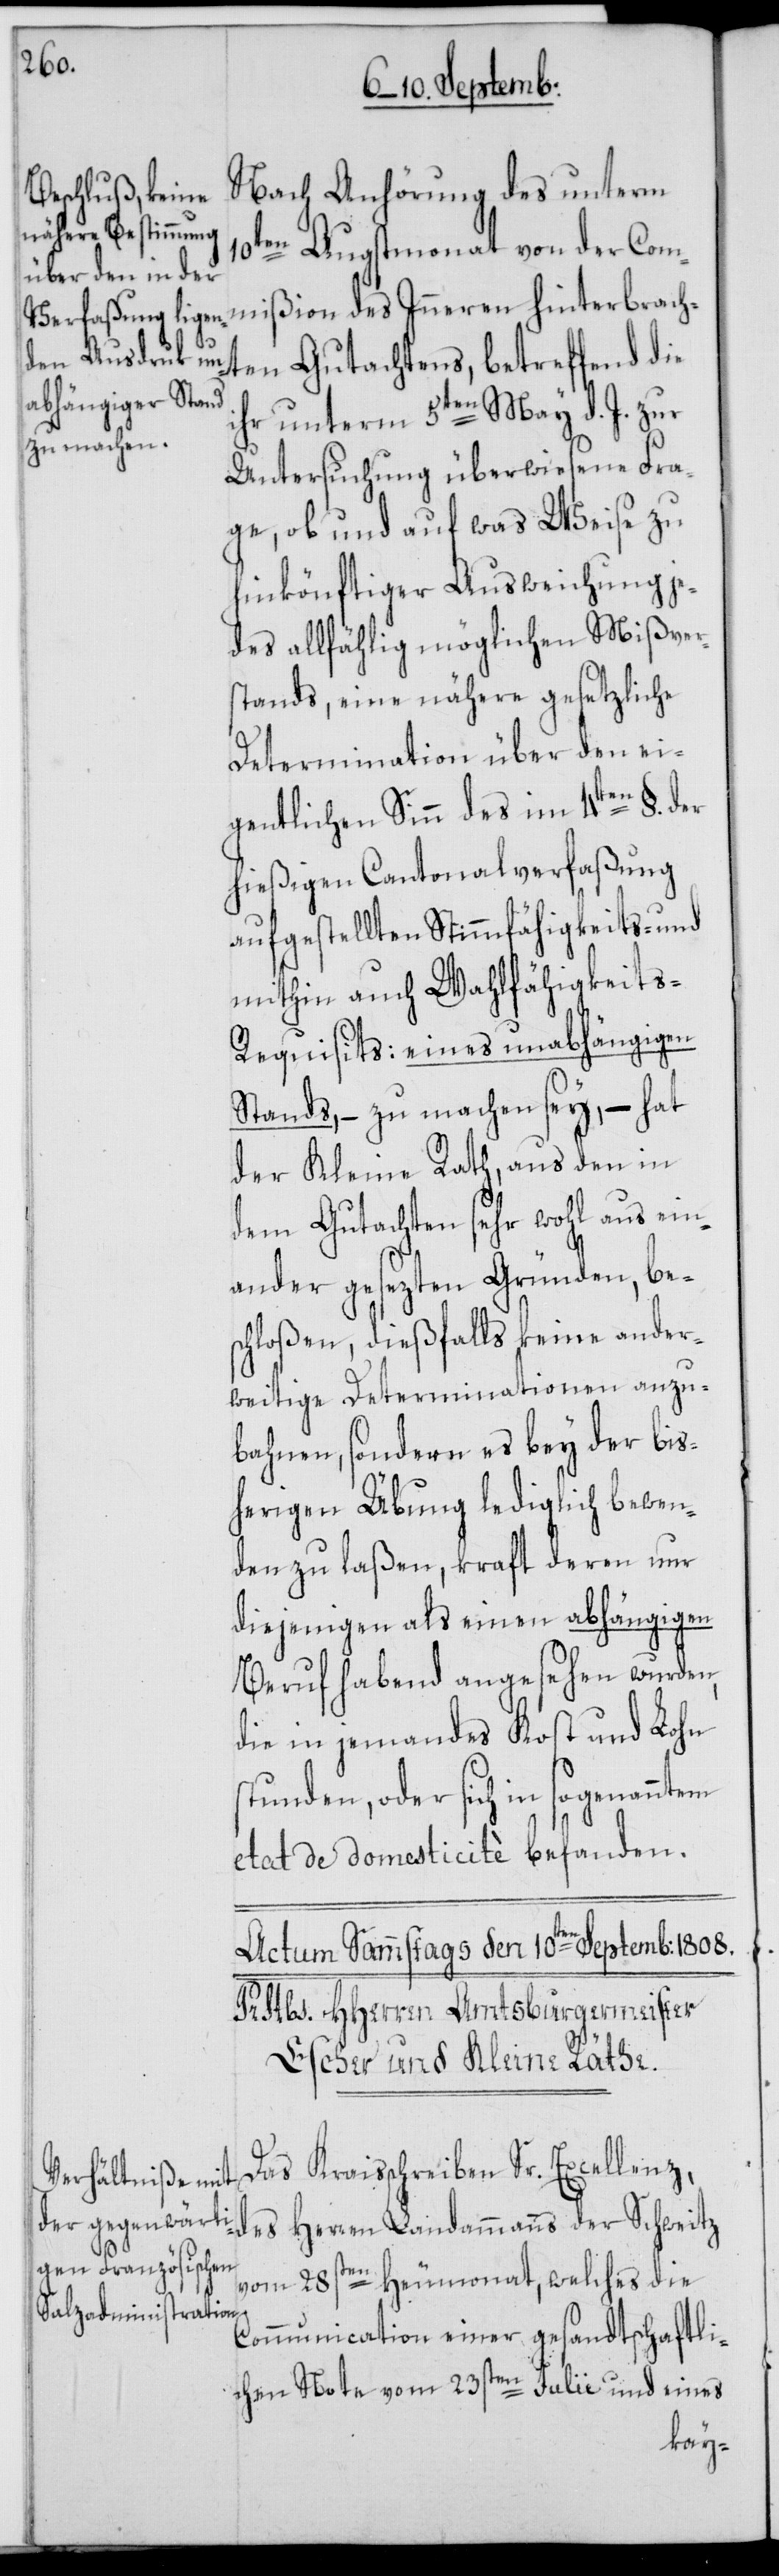
Nach Anhörung des unterm
10ten Augstmonat von der Com¬
mißion des Inneren hinterbrach¬
ten Gutachtens, betreffend die
ihr unterm 5ten May d. J. zur
Untersuchung überwiesene Fra¬
ge, ob und auf was Weise zu
hinkönftiger Ausweichung je¬
des allfählig möglichen Mißver¬
stands, eine nähere gesetzliche
Determination über den ei¬
gentlichen Sinn des im 4ten §. der
hießigen Cantonalverfaßung
aufgestellten Stimmfähigkeits- und
mithin auch Wahlfähigkeits-R¬
equisits: eines unabhängigen
Stands, – zu machen sey, – hat
der Kleine Rath, aus den in
dem Gutachten sehr wohl aus ein¬
ander gesezten Gründen, be¬
schloßen, dießfalls keine ander¬
weitige Determinationen anzu¬
bahnen, sondern es bey der bis¬
herigen Übung lediglich bewen¬
den zu laßen, kraft deren nur
diejenigen als einen abhängigen
Beruf habend angesehen wurden,
die in jemandes Kost und Lohn
stunden, oder sich in sogenanntem
etat de domesticitè befanden.
Das Kraisschreiben Sr. Excellenz,
des Herren Landammanns der Schweitz
vom 28sten Heumonat, welches die
Communication einer gesandtschaftli¬
chen Note vom 23sten Julii und eines